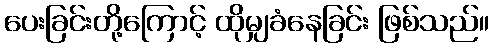
ပေးခြင်းတို့ကြောင့် ထိုမျှခံနေခြင်း ဖြစ်သည်။